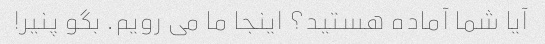
آیا شما آماده هستید؟ اینجا ما می رویم. بگو پنیر!